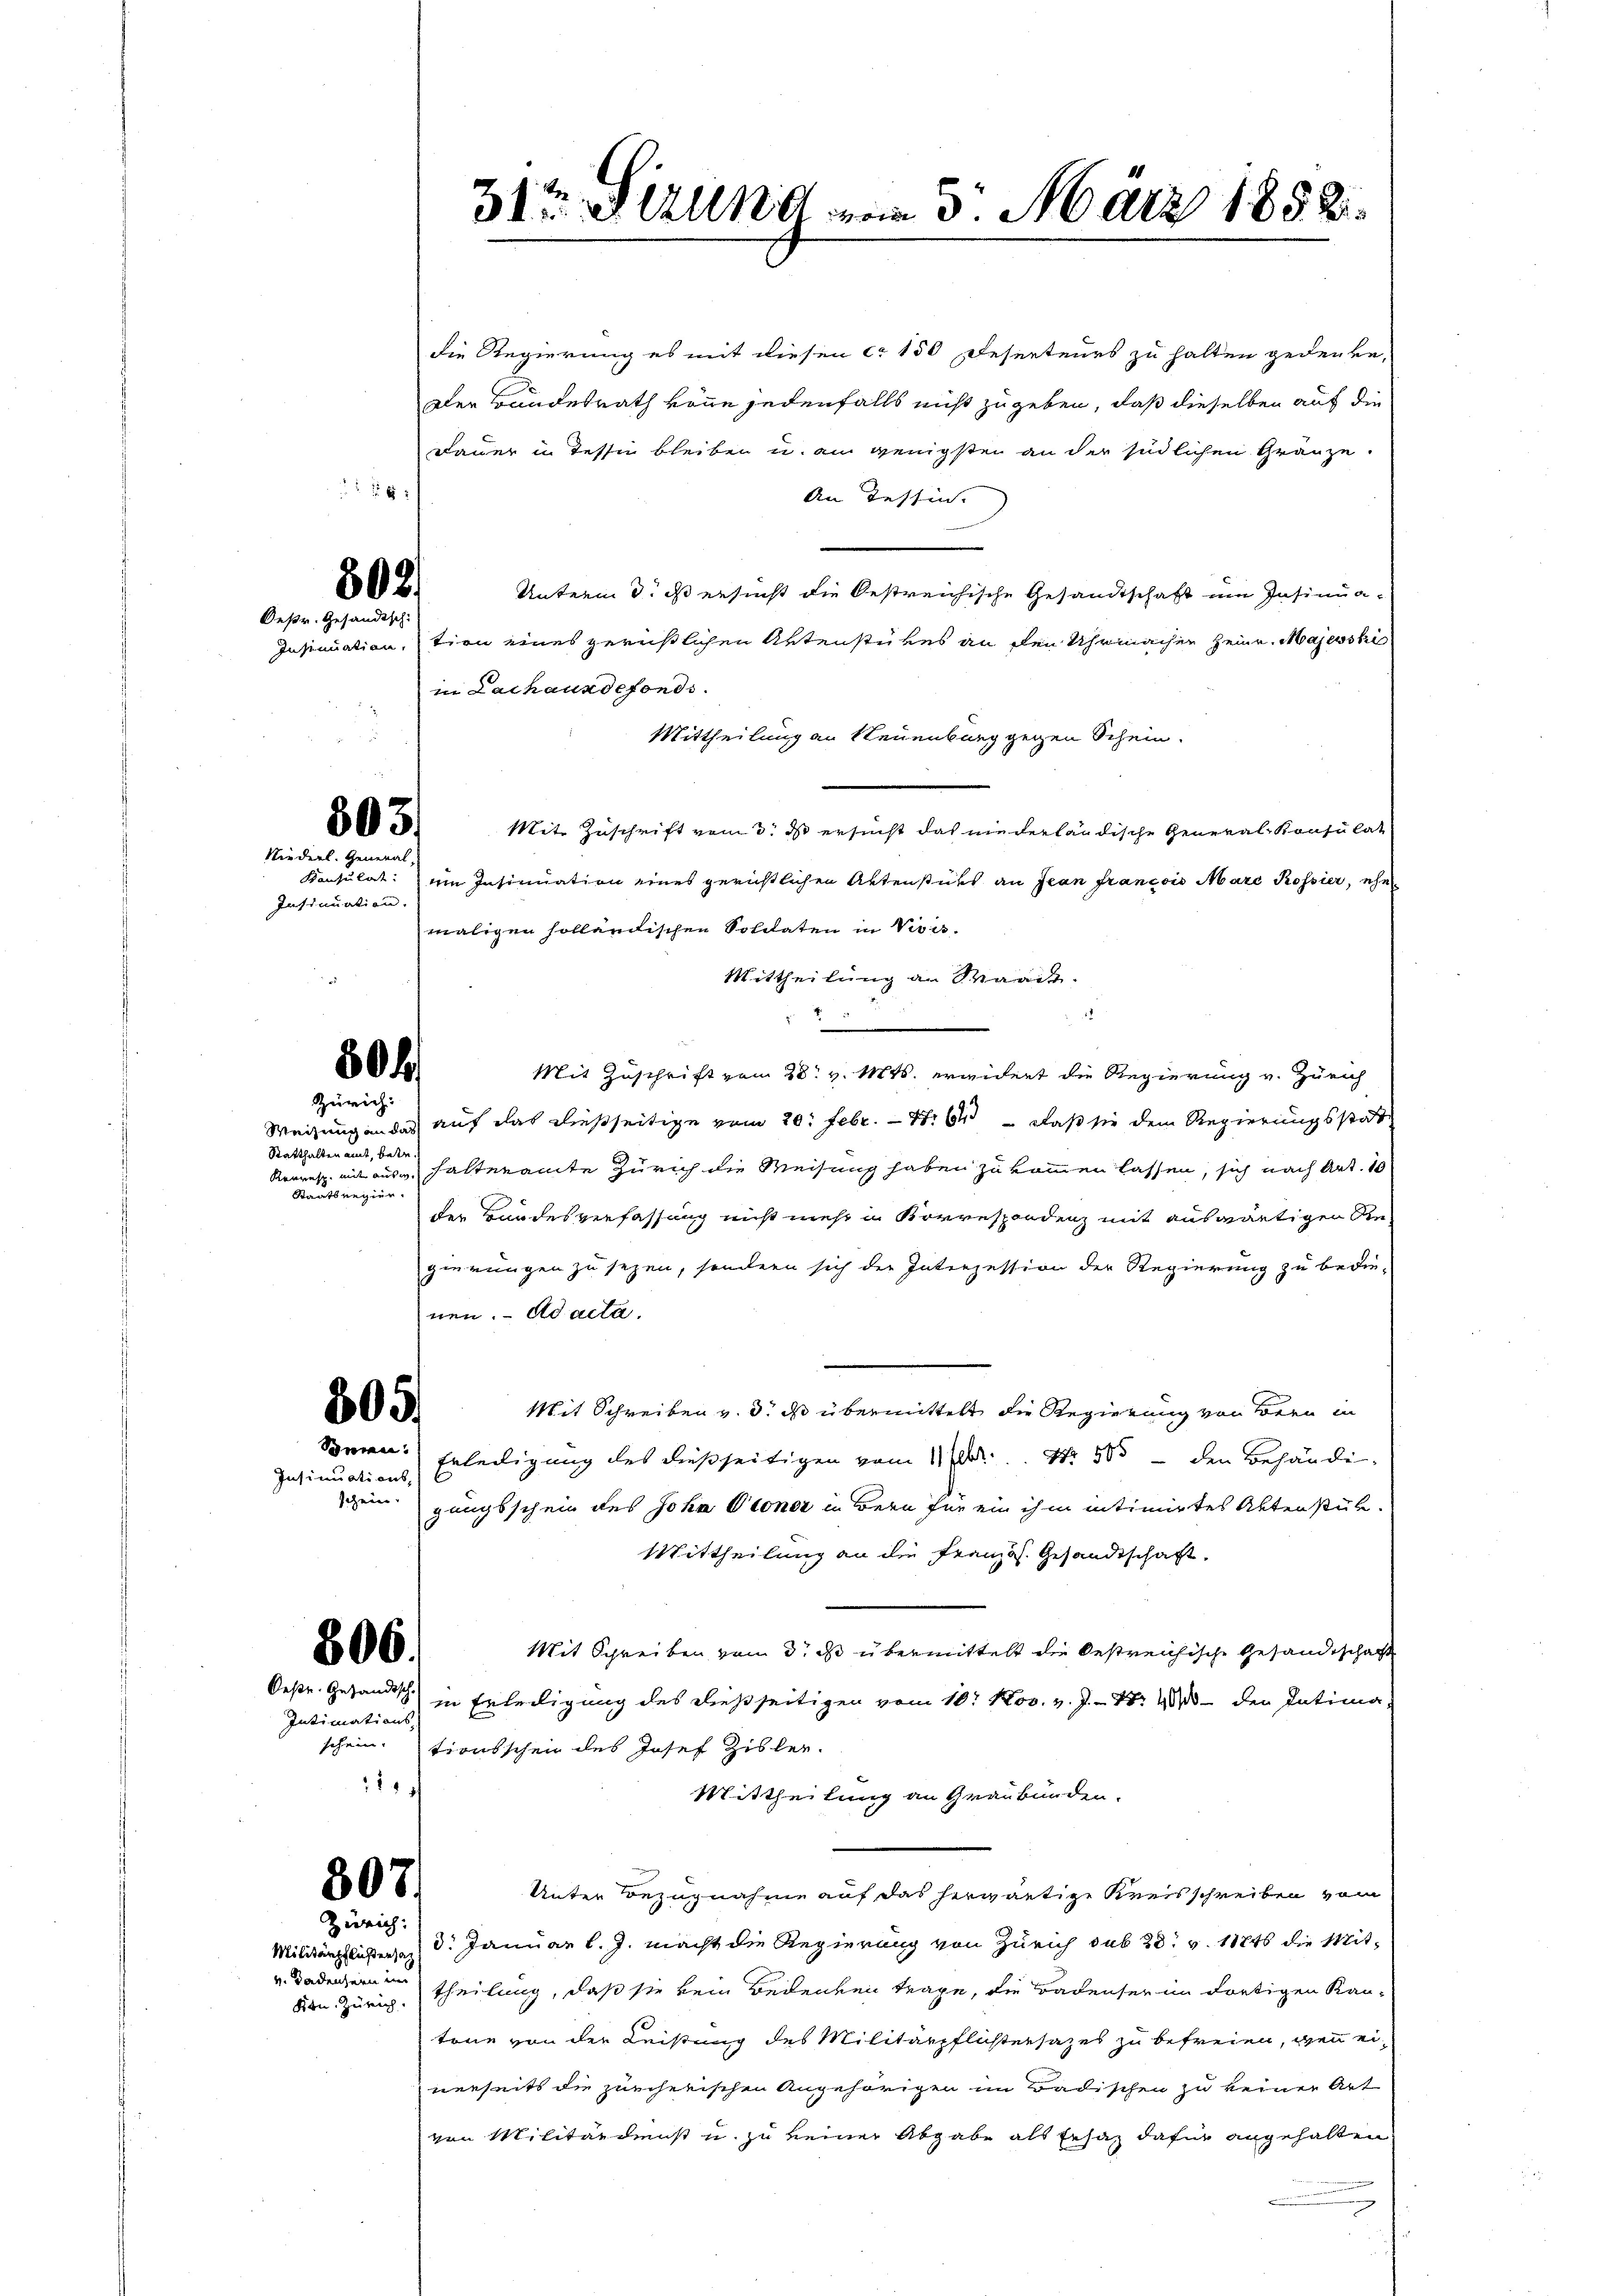
Insinuation.

Statthalten amt, betr.
Staatsregier.

806.

Oese. Gesandtsch
Intimations-

6:

302.
Desr. Gesandtsch.

303.
Niederl. General

50
Zürich:

805.
Sonnen.

Insinuations,
schein.

307.
Zürich:

die Regierung es mit diesen ca 150 Reserteurs zu halten gedenke.
Der Bundesrath könne jedenfalls nicht zu geben, daß dieselben auf die
Dauer in dessin bleiben u. am wenigsten an der südlichen Gränze
An Tessin.
Unterm 3. ds ersucht die Oestreichische Gesandtschaft im Insinua¬
Insinuation, tion eines gerichtlichen Aktenstückes an den Uhrmachen Heinr. Majesski
in Lachausdefonds.
Mittheilung an Neuenburg gegen Schein.
Mit Zuschrift vom 3. ds ersucht das niederländische General Konsulat
Konsulat: ein Insinuation eines gerichtlichen Aktenstücks an Jean francois Marc Rossier, ehe
maligen holländischen Soldaten in Visis.
Mittheilung an Waadt.
5
2
Mit Zuschrift vom 28. v. Mts. erwidert die Regierung v. Zürich
Weisung an das auf das dießseitige vom 20. Febr. - 4. 64 — daß sie dem Regierungsstatt
Krauensp. mit aus halteramte Zürich die Weisung haben zu kommen lassen, sich nach Art. 10
der Bandesverfassung nicht mehr in Korrespondenz mit auswärtigen die-
gierungen zu sezen, sondern sich der Interzession der Regierung zu bedienen. ad acta.
Mit Schreiben v. 3. ds übermittelt die Regierung von Bern in
Erledigung des dießseitigen vom 11. No. 505 - den Behändigungsschein des Joha Otoner in Bern für ein ihm intimirtes Aktenstück.
Mittheilung an die Französ. Gesandtschaft.
Mit Schreiben vom 3. ds übermittelt die bestreichische Gesandtschaft
in Erledigung des dießseitigen vom 10. Nov. v. J. 18. 4 den Intima-
schein. tionsschein des Josef Zisler-
1149
Mittheilung an Graubünden.
Unter Bezugnahme auf das herwärtige Kreisschreiben vom
d. Januar l. J. macht die Regierung von Zürich sub 28. v. 1846 die Mitken. Zürich, Theilung, daß sie kein Bedenken trage, die Badenser im dortigen Kan-
töne von der Leistung des Militärpflichtersatzes zu befreien, wenn einerseits die zürcherischen Angehörigen im Badischen zu keiner Art
von Militärdienst u. zu keiner Abgabe als Ersatz dafür angehalten

Militärpflichensa
v. Badensern in

31ten und vom 3. März 1858.